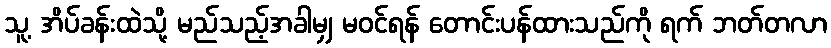
သူ့ အိပ်ခန်းထဲသို့ မည်သည့်အခါမျှ မဝင်ရန် တောင်းပန်ထားသည်ကို ရက် ဘတ်တလာ